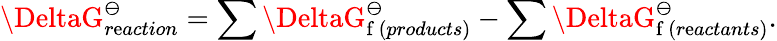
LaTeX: \DeltaG_{r\mathrm{e}action}^{\ominus}=\sum\DeltaG_{\mathrm{{f}}\, (products)}^{\ominus}-\sum\DeltaG_{\mathrm{{f}}\, (r\mathrm{e}actants)}^{\ominus}.